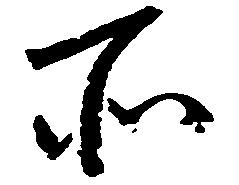
所